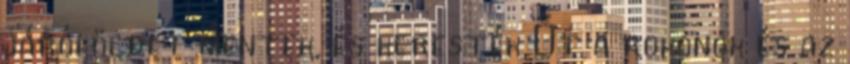
járóföldet mentek, és keresték Őt a rokonok és az